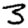
Digit: 3